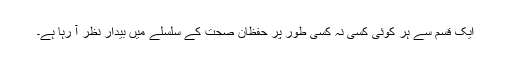
ایک قسم سے ہر کوئی کسی نہ کسی طور پر حفظان صحت کے سلسلے میں بیدار نظر آ رہا ہے۔